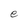
Character: e